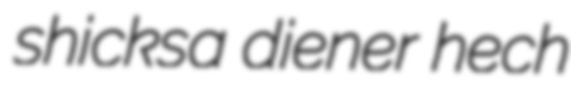
shicksa diener hech